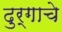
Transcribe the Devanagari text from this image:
दुर्गाचे